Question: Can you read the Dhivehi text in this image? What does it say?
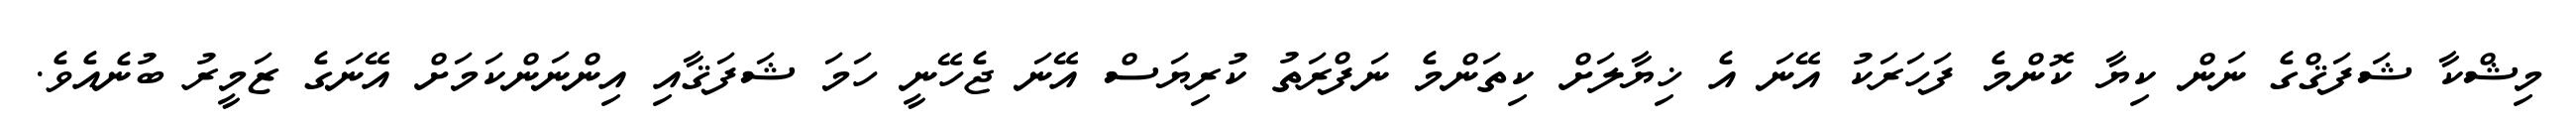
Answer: މިޝްކާ ޝަފަޤްގެ ނަން ކިޔާ ކޮންމެ ފަހަރަކު އޭނަ އެ ޚިޔާލަށް ކިތަންމެ ނަފްރަތު ކުރިޔަސް އޭނަ ޖެހޭނީ ހަމަ ޝަފަޤާއި އިންނަންކަމަށް އޭނަގެ ޒަމީރު ބުނެއެވެ.